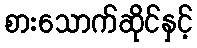
စားသောက်ဆိုင်နှင့်